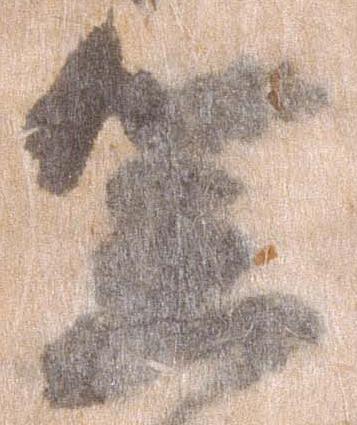
笠